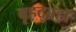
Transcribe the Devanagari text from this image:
बृहद्ब्रह्म